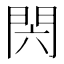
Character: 𰿝